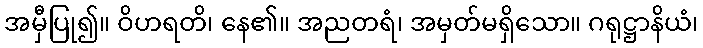
အမှီပြု၍။ ဝိဟရတိ၊ နေ၏။ အညတရံ၊ အမှတ်မရှိသော။ ဂရုဋ္ဌာနိယံ၊